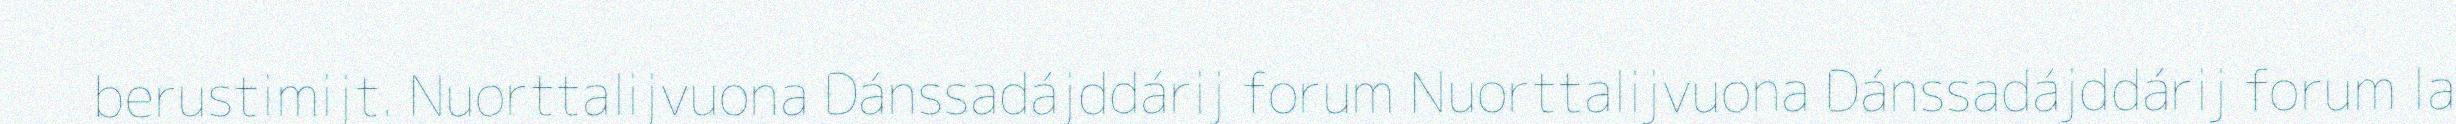
berustimijt. Nuorttalijvuona Dánssadájddárij forum Nuorttalijvuona Dánssadájddárij forum la